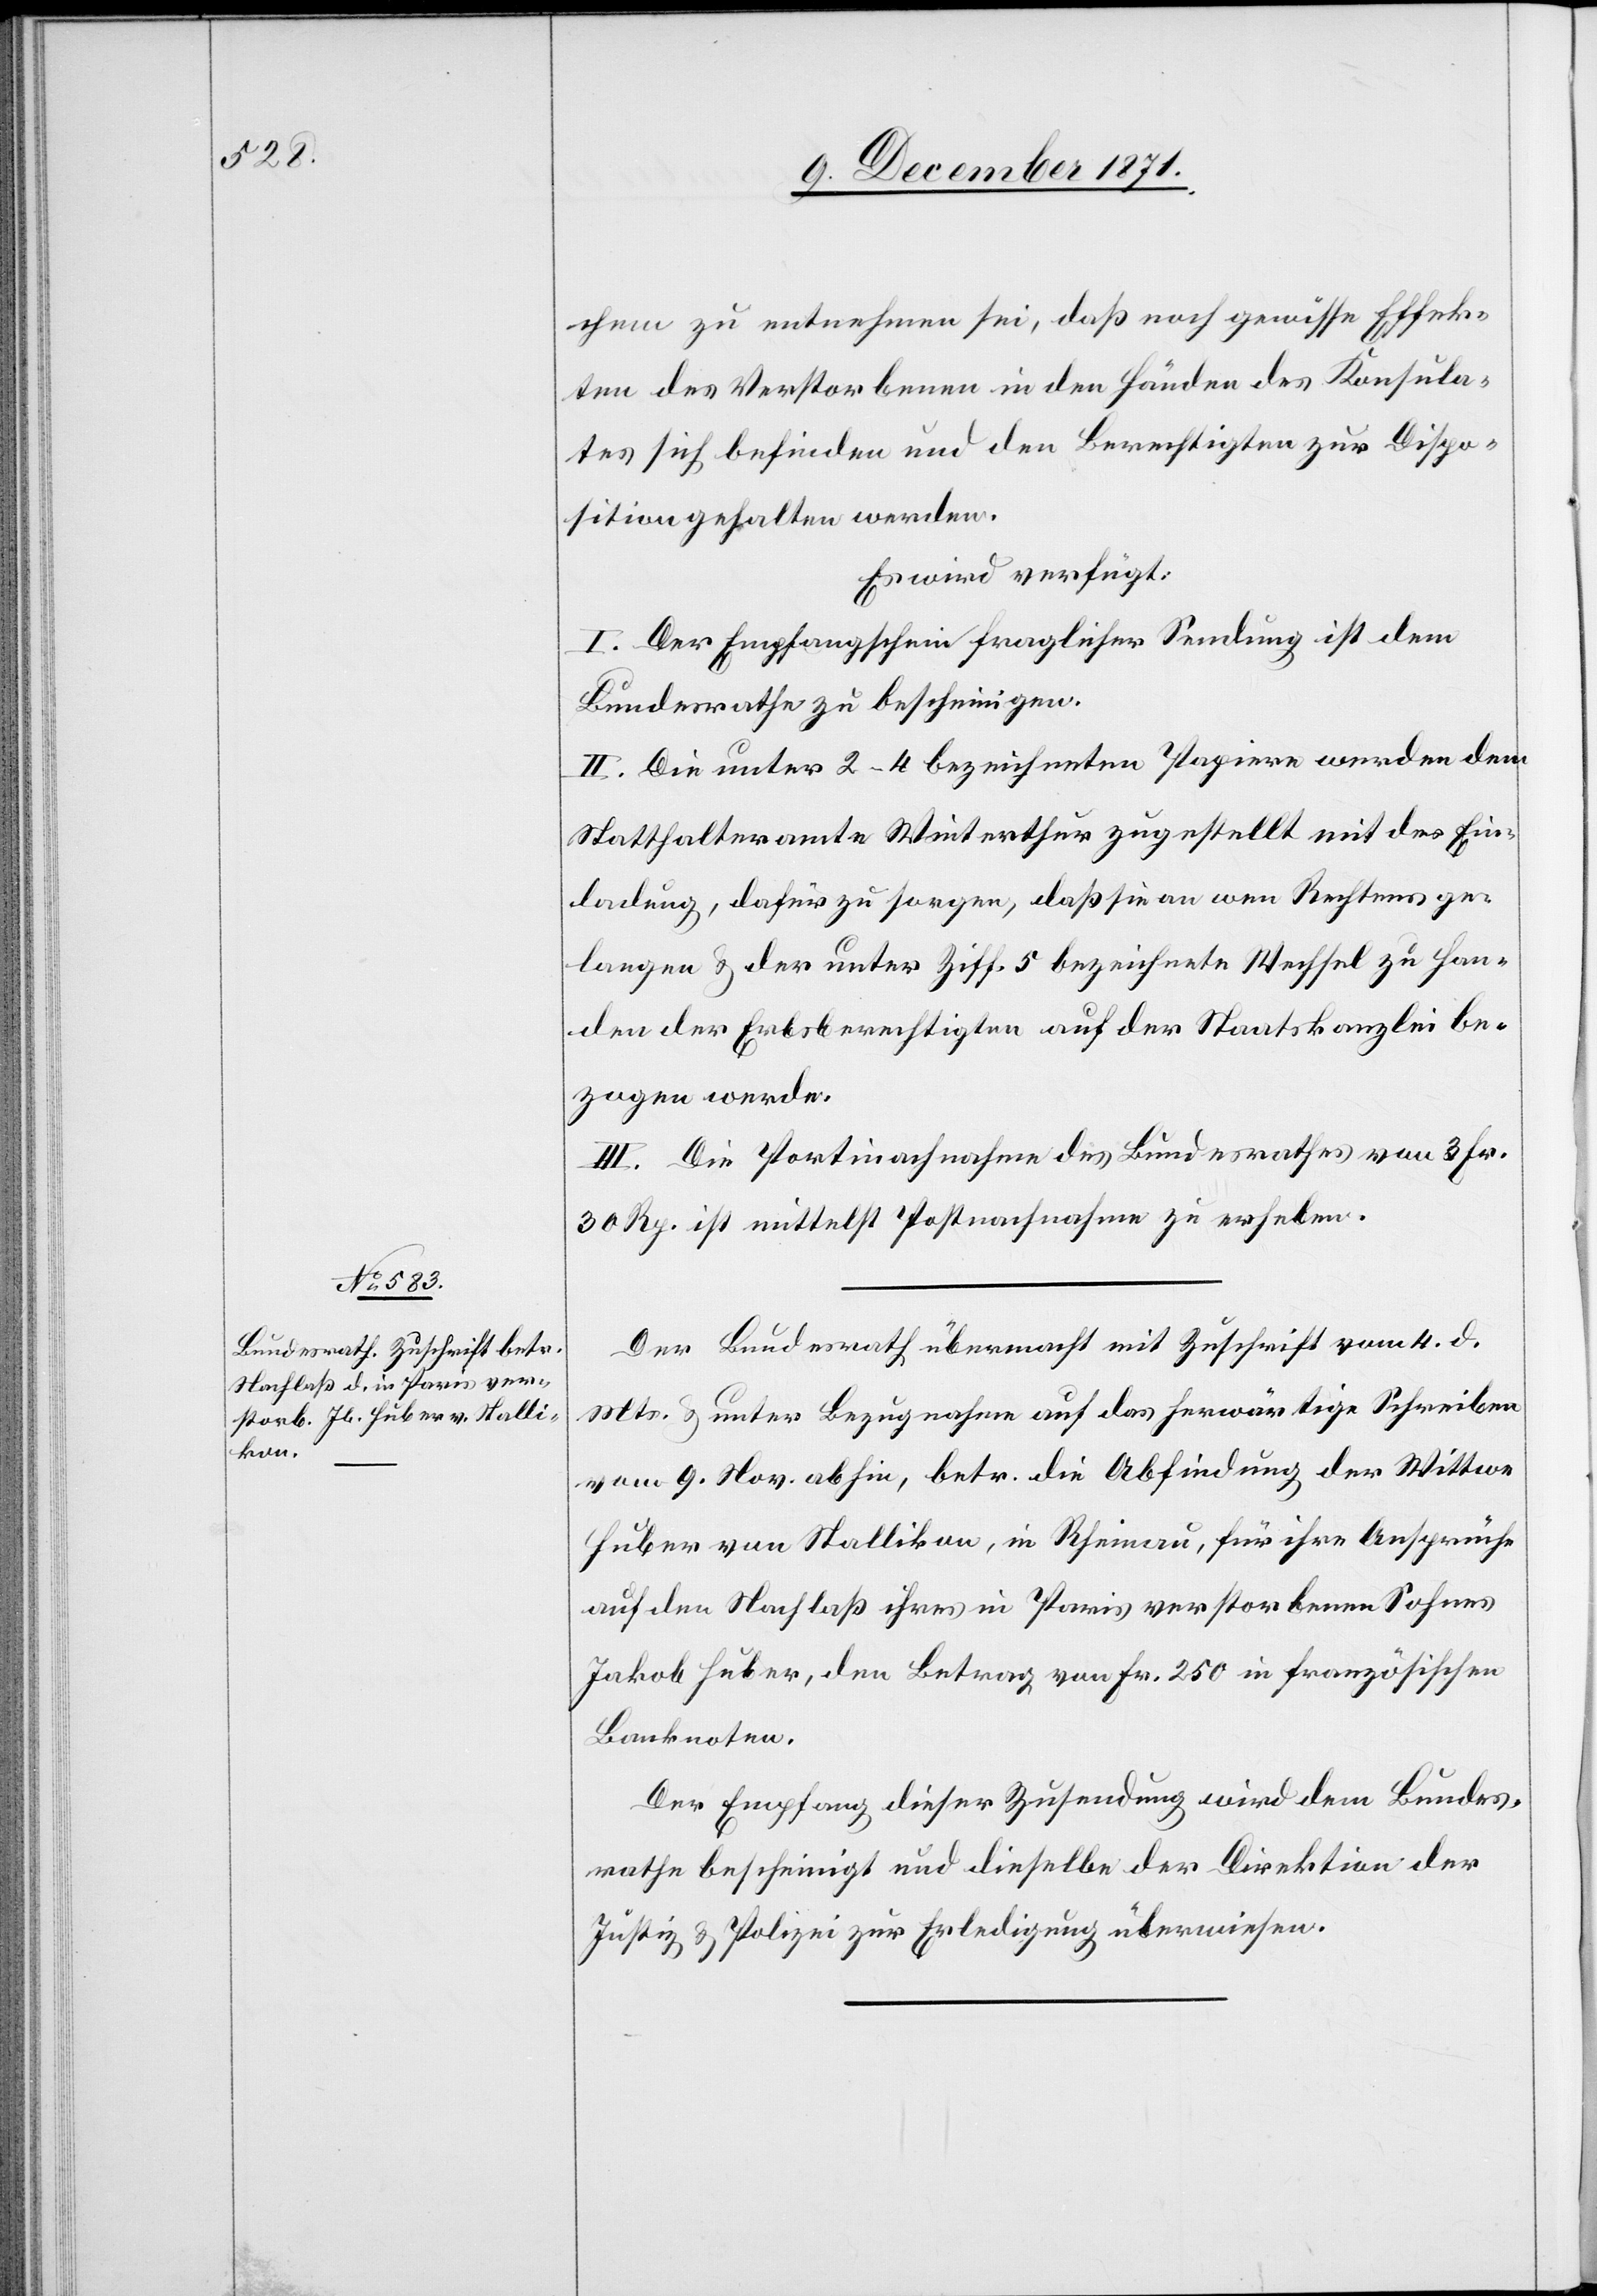
9. December 1871.]
chem zu entnehmen sei, daß noch gewisse Effek¬
ten des Verstorbenen in den Händen des Konsula¬
tes sich befinden und den Berechtigten zur Dispo¬
sition gehalten werden.
Es wird verfügt:
I. Der Empfangschein fraglicher Sendung ist dem
Bundesrathe zu bescheinigen.
II. Die unter 2–4 bezeichneten Papiere werden dem
Statthalteramte Winterthur zugestellt mit der Ein¬
ladung, dafür zu sorgen, daß sie an wen Rechtens ge¬
langen & der unter Ziff. 5 bezeichnete Wechsel zu Han¬
den der Erbsberechtigten auf der Staatskanzlei be¬
zogen werde.
III. Die Portinachnahme des Bundesrathes von 3 Fr.
30 Rp. ist mittelst Postnachnahme zu erheben.
Der Bundesrath übermacht mit Zuschrift vom 4. d.
Mts. & unter Bezugnahme auf das herwärtige Schreiben
vom 9. Nov. abhin, betr. die Abfindung der Wittwe
Huber von Stallikon, in Rheinau, für ihre Ansprüche
auf den Nachlaß ihres in Paris verstorbenen Sohnes
Jakob Huber, den Betrag von Fr. 250 in französischen
Banknoten.
Der Empfang dieser Zusendung wird dem Bundes¬
rathe bescheinigt und dieselbe der Direktion der
Justiz & Polizei zur Erledigung überwiesen.